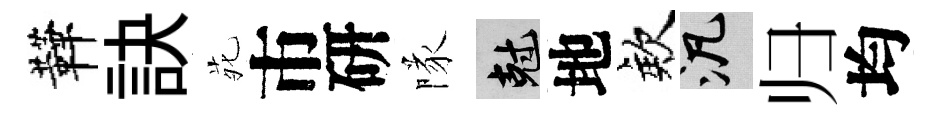
鞾訣𫟍市研隊剋地欸泛归均